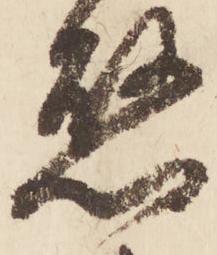
懸